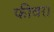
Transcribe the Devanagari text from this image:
फीवर।